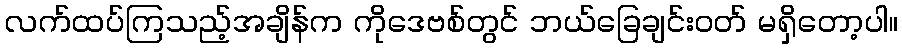
လက်ထပ်ကြသည့်အချိန်က ကိုဒေဗစ်တွင် ဘယ်ခြေချင်းဝတ် မရှိတော့ပါ။